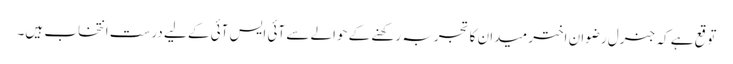
توقع ہے کہ جنرل رضوان اختر میدان کا تجربہ رکھنے کے حوالے سے آئی ایس آئی کے لیے درست انتخاب ہیں۔